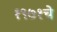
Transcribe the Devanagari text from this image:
१९७१चे